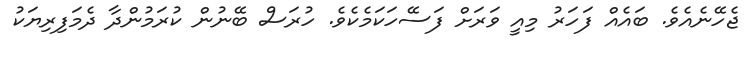
ޖެހޭނެއެވެ. ބައެއް ފަހަރު މިއީ ވަރަށް ފަސޭހަކަމެކެވެ. ހުރަސް ބޭނުން ކުރަމުންދާ ދެމަފިރިޔަކު